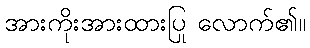
အားကိုးအားထားပြု လောက်၏။